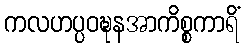
ကလဟပ္ပဝဍ္ဎနအာကိစ္စကာရိံ